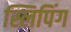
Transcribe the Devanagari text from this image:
स्लिपिंग